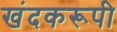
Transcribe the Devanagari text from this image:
खंदकरूपी